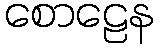
စောဠေန